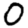
Digit: 0